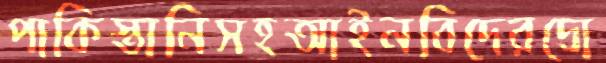
পাকিস্তানিসহআইনবিদেরদ্রো